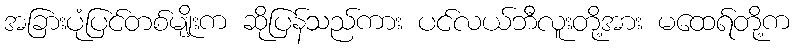
အခြားပုံပြင်တစ်မျိုးက ဆိုပြန်သည်ကား ပင်လယ်ဘီလူးတို့အား မထေရ်တို့က